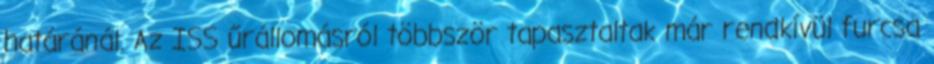
határánál. Az ISS űrállomásról többször tapasztaltak már rendkívül furcsa